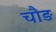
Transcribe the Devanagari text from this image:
चौड़